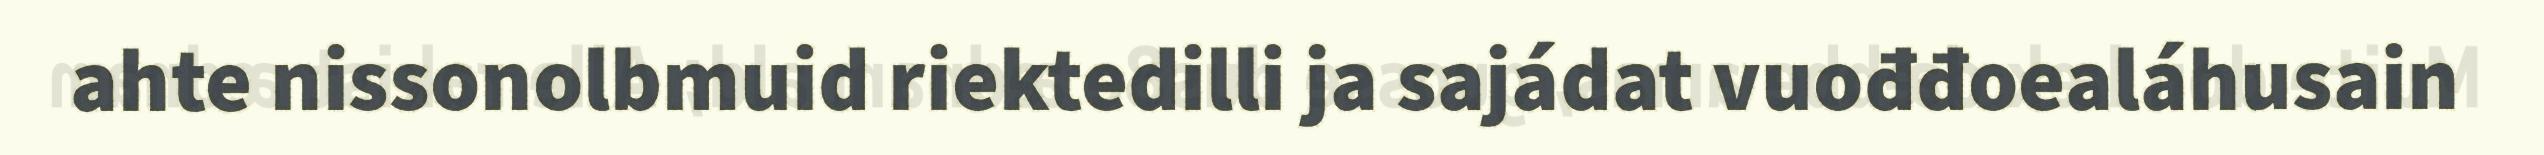
ahte nissonolbmuid riektedilli ja sajádat vuođđoealáhusain